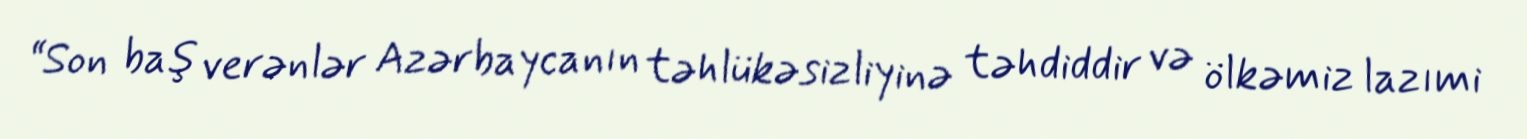
“Son baş verənlər Azərbaycanın təhlükəsizliyinə təhdiddir və ölkəmiz lazımi